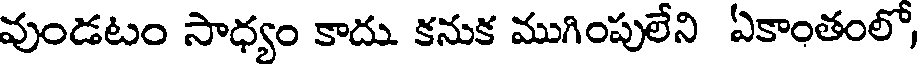
వుండటం సాధ్యం కాదు కనుక ముగింపులేని ఏకాంతంలో,